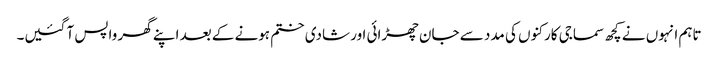
تاہم انہوں نے کچھ سماجی کارکنوں کی مدد سے جان چھڑائی اور شادی ختم ہونے کے بعد اپنے گھر واپس آ گئیں۔